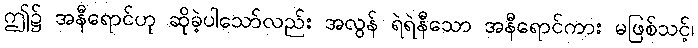
ဤ၌ အနီရောင်ဟု ဆိုခဲ့ပါသော်လည်း အလွန် ရဲရဲနီသော အနီရောင်ကား မဖြစ်သင့်၊